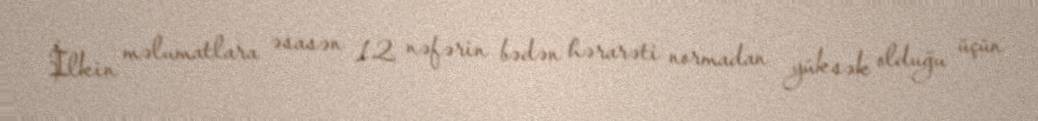
İlkin məlumatlara əsasən 12 nəfərin bədən hərarəti normadan yüksək olduğu üçün